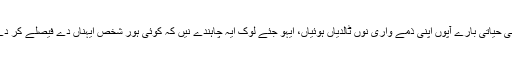
اپنی حیاتی بارے آپوں اپنی ذمے واری نوں ٹالدیاں ہوئیاں، ایہو جئے لوک ایہ چاہندے نیں کہ کوئی ہور شخص ایہناں دے فیصلے کر دے۔